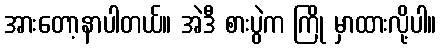
အားတော့နာပါတယ်။ အဲဒီ စားပွဲက ကြို မှာထားလို့ပါ။